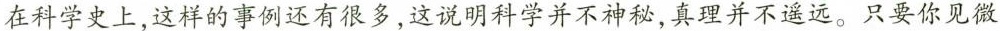
在科学史上，这样的事例还有很多，这说明科学并不神秘，真理并不遥远。只要你见微